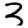
Digit: 3